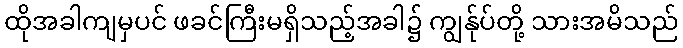
ထိုအခါကျမှပင် ဖခင်ကြီးမရှိသည့်အခါ၌ ကျွန်ုပ်တို့ သားအမိသည်